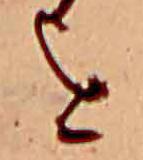
を